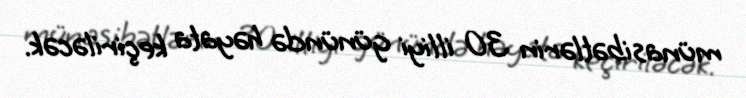
münasibətlərin 30 illiyi günündə həyata keçiriləcək.